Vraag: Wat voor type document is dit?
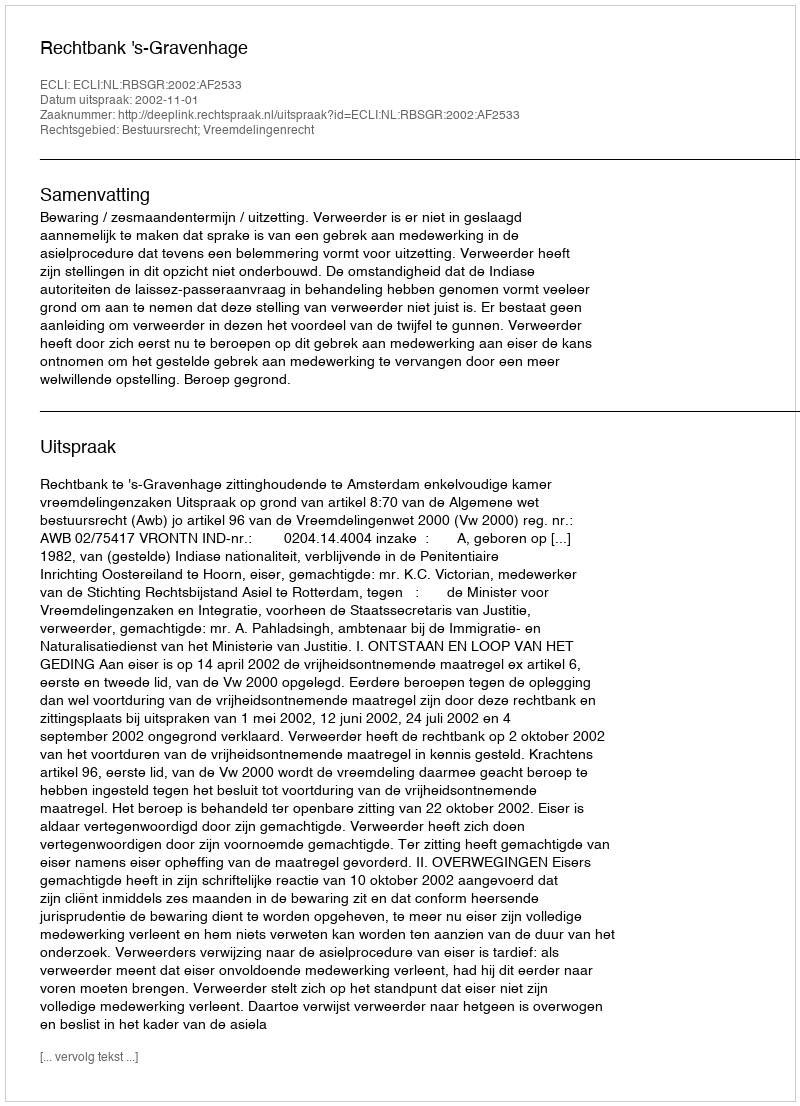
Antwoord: Uitspraak